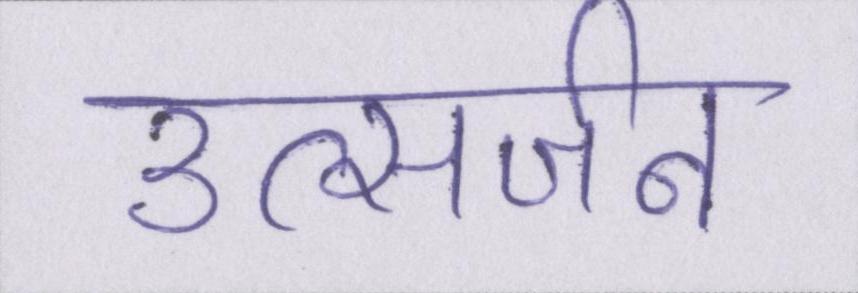
उत्सर्जन